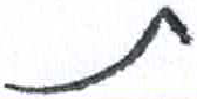
אות: ת